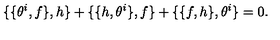
\{ \{ \theta ^ { i } , f \} , h \} + \{ \{ h , \theta ^ { i } \} , f \} + \{ \{ f , h \} , \theta ^ { i } \} = 0 .